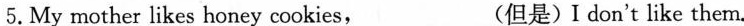
5.My mother likes honey cookies,___(但是)I don't like them.